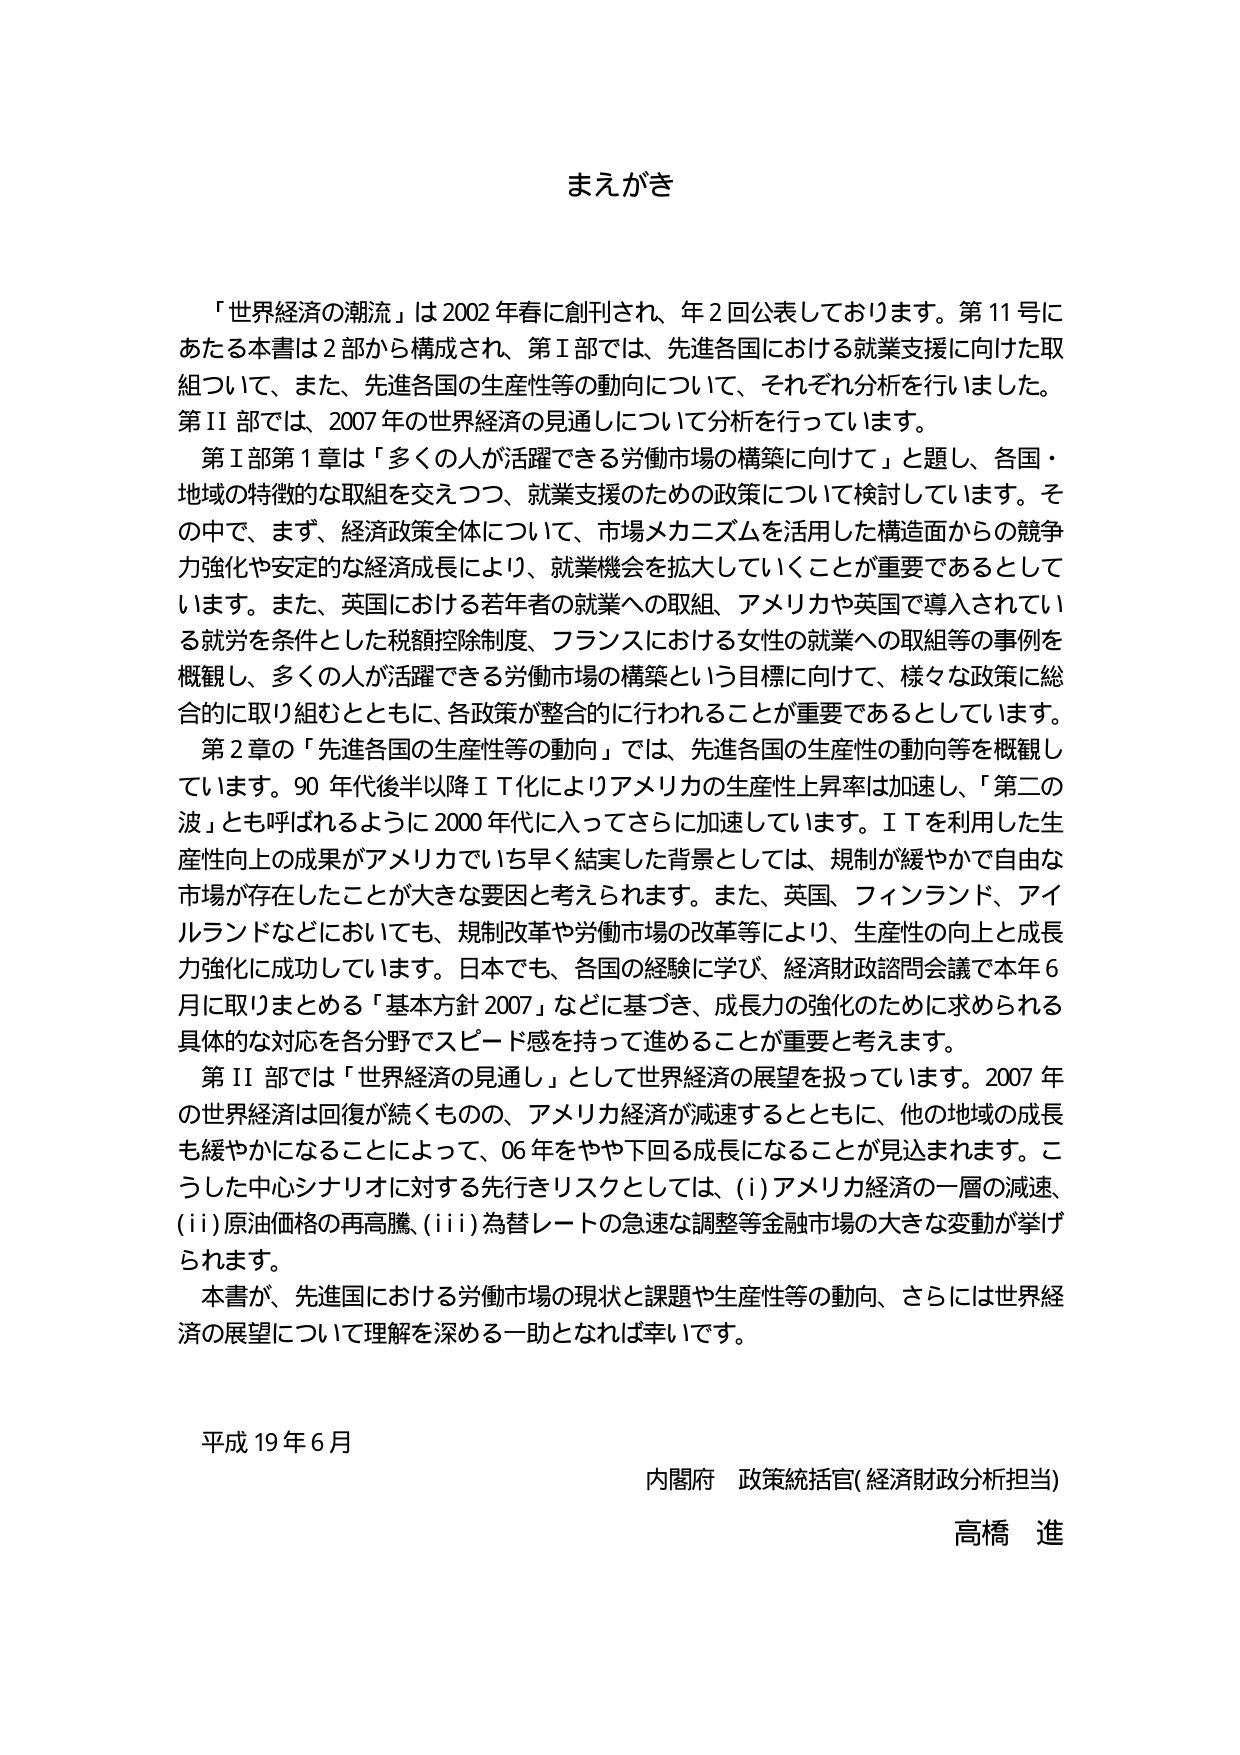
まえがき

「世界経済の潮流」は2002年春に創刊され、年2回公表しております。第11号にあたる本書は2部から構成され、第Ⅰ部では、先進各国における就業支援に向けた取組ついて、また、先進各国の生産性等の動向について、それぞれ分析を行いました。第Ⅱ部では、2007年の世界経済の見通しについて分析を行っています。

第Ⅰ部第1章は「多くの人が活躍できる労働市場の構築に向けて」と題し、各国・地域の特徴的な取組を交えつつ、就業支援のための政策について検討しています。その中で、まず、経済政策全体について、市場メカニズムを活用した構造面からの競争力強化や安定的な経済成長により、就業機会を拡大していくことが重要であるとしています。また、英国における若年者の就業への取組、アメリカや英国で導入されている就労を条件とした税額控除制度、フランスにおける女性の就業への取組等の事例を概観し、多くの人が活躍できる労働市場の構築という目標に向けて、様々な政策に総合的に取り組むとともに、各政策が整合的に行われることが重要であるとしています。

第2章の「先進各国の生産性等の動向」では、先進各国の生産性の動向等を概観しています。90年代後半以降ＩＴ化によりアメリカの生産性上昇率は加速し、「第二の波」とも呼ばれるように2000年代に入ってさらに加速しています。ＩＴを利用した生産性向上の成果がアメリカでいち早く結実した背景としては、規制が緩やかで自由な市場が存在したことが大きな要因と考えられます。また、英国、フィンランド、アイルランドなどにおいても、規制改革や労働市場の改革等により、生産性の向上と成長力強化に成功しています。日本でも、各国の経験に学び、経済財政諮問会議で本年6月に取りまとめる「基本方針2007」などに基づき、成長力の強化のために求められる具体的な対応を各分野でスピード感を持って進めることが重要と考えます。

第Ⅱ部では「世界経済の見通し」として世界経済の展望等を扱っています。2007年の世界経済は回復が続くものの、アメリカ経済が減速するとともに、他の地域の成長も緩やかになることによって、06年をやや下回る成長になることが見込まれます。こうした中心シナリオに対する先行きリスクとしては、(i)アメリカ経済の一層の減速、(ii)原油価格の再高騰、(iii)為替レートの急速な調整等金融市場の大きな変動が挙げられます。

本書が、先進国における労働市場の現状と課題や生産性等の動向、さらには世界経済の展望について理解を深める一助となれば幸いです。

平成19年6月

内閣府 政策統括官(経済財政分析担当)

高橋 進